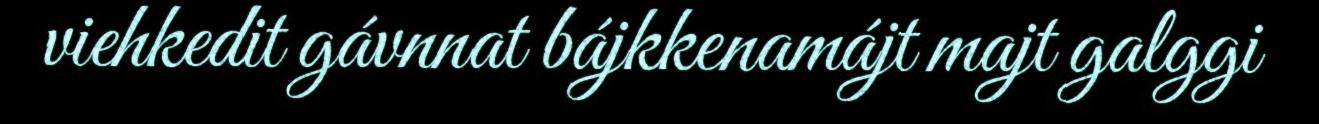
viehkedit gávnnat bájkkenamájt majt galggi